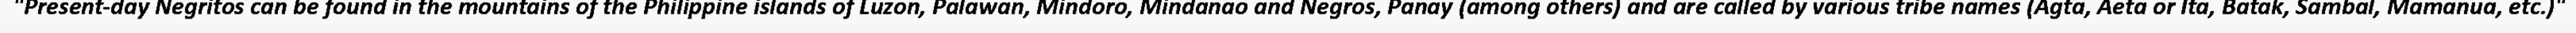
"Present-day Negritos can be found in the mountains of the Philippine islands of Luzon, Palawan, Mindoro, Mindanao and Negros, Panay (among others) and are called by various tribe names (Agta, Aeta or Ita, Batak, Sambal, Mamanua, etc.)"